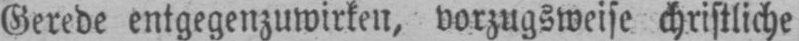
Gerede entgegenzuwirken, vorzugsweise christliche